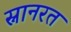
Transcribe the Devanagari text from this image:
स्नानरत